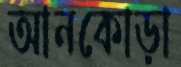
আনকোড়া